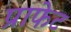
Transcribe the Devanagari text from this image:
प्राफेट